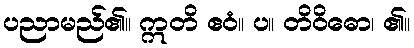
ပညာမည်၏။ ဣတိ ဧဝံ။ ပ။ တိဝိဓော၊ ၏။